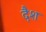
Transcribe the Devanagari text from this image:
दैश